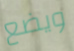
ويضع